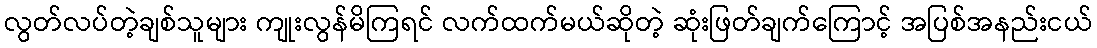
လွတ်လပ်တဲ့ချစ်သူများ ကျုးလွန်မိကြရင် လက်ထက်မယ်ဆိုတဲ့ ဆုံးဖြတ်ချက်ကြောင့် အပြစ်အနည်းငယ်